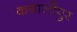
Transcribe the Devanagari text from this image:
कबालीपुर